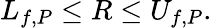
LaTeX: L_{f,P}\leq R\leq U_{f,P}.\,